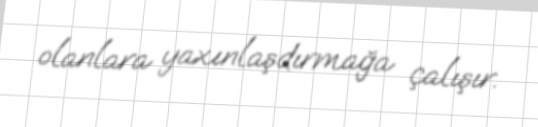
olanlara yaxınlaşdırmağa çalışır.